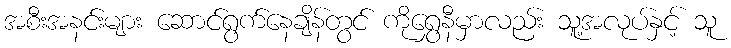
အစီးအနင်းများ ဆောင်ရွက်နေချိန်တွင် ကိုရွှေနီမှာလည်း သူ့အလုပ်နှင့် သူ